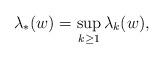
LaTeX: \begin{align*}\lambda_\ast(w)=\sup_{k\geq 1}\lambda_k(w),\end{align*}